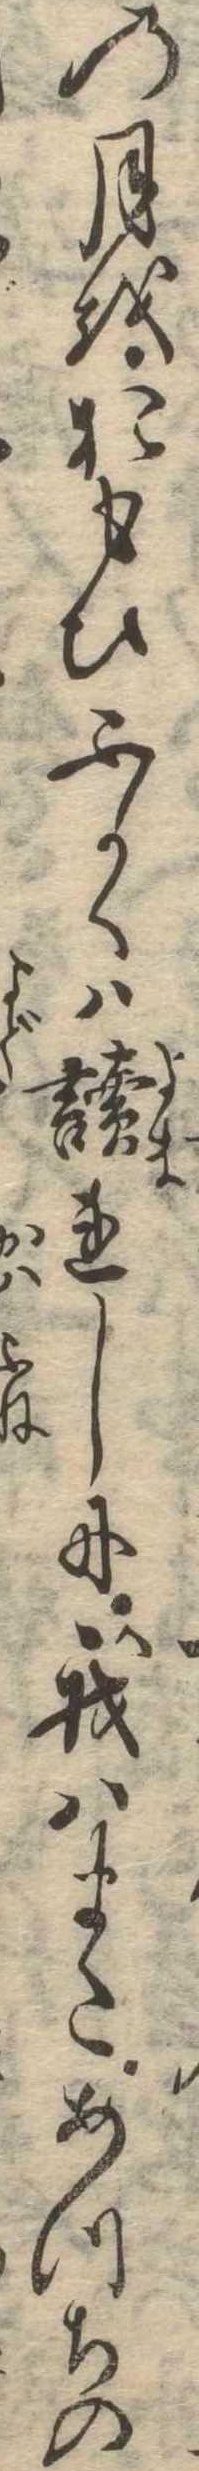
の月をおもひふかくは読れしに我はまたあつちの